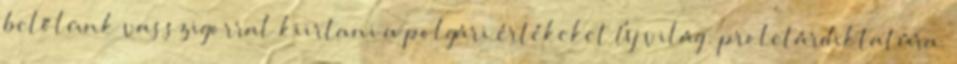
belőlünk vasszigorral kiirtani a polgári értékeket Új világ: proletárdiktatúra.